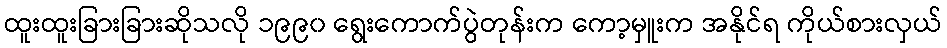
ထူးထူးခြားခြားဆိုသလို ၁၉၉၀ ရွေးကောက်ပွဲတုန်းက ကော့မှူးက အနိုင်ရ ကိုယ်စားလှယ်